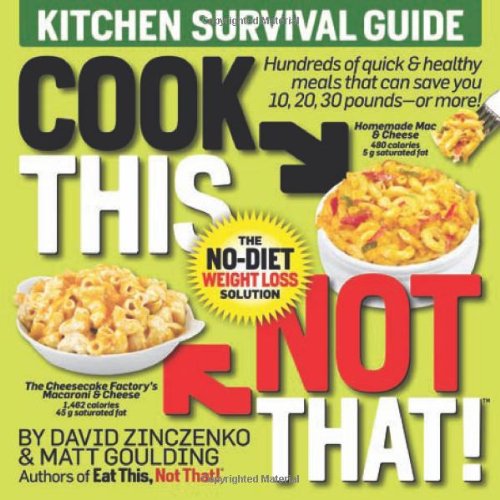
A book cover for Cook This, Not That!: Kitchen Survival Guide; David Zinczenko; Health, Fitness & Dieting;